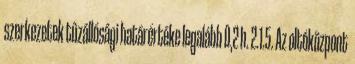
szerkezetek tûzállósági határértéke legalább 0,2 h. 2.1.5. Az oltóközpont